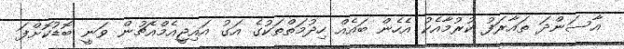
އާސަންދަ ތައާރަފު ކުރުމާއެކު އެހެން ބައެއް ހިދުމަތްތަކުގެ އަގު އައިޖީއެމްއެޗުން ވަނީ ބޮޑުކޮށްފަ